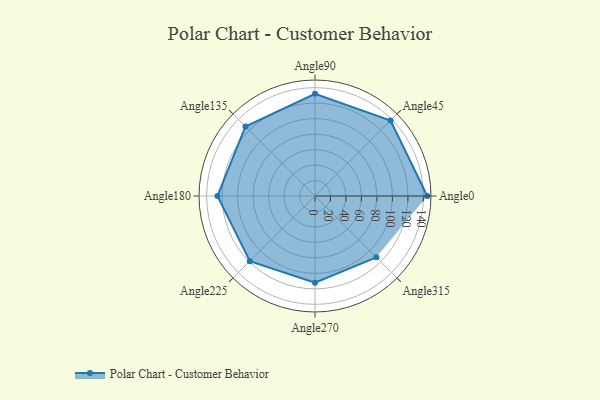
{"axis": {"x": "Angle", "y": "Radius"}, "legend": [""], "data": [{"x": "Angle0", "y": 145.0, "type": ""}, {"x": "Angle45", "y": 138.0, "type": ""}, {"x": "Angle90", "y": 132.0, "type": ""}, {"x": "Angle135", "y": 127.0, "type": ""}, {"x": "Angle180", "y": 126.0, "type": ""}, {"x": "Angle225", "y": 119.0, "type": ""}, {"x": "Angle270", "y": 112.0, "type": ""}, {"x": "Angle315", "y": 112.0, "type": ""}]}